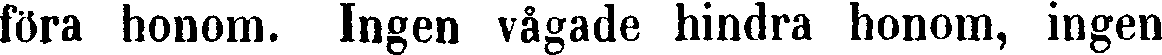
föra honom. Ingen vågade hindra honom, ingen